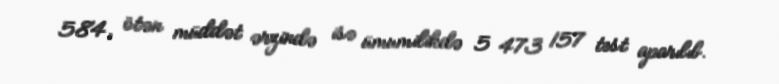
584, ötən müddət ərzində isə ümumilikdə 5 473 157 test aparılıb.